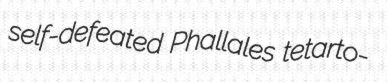
self-defeated Phallales tetarto-